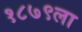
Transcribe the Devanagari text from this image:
१८७९ला